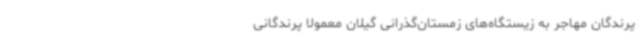
پرندگان مهاجر به زیستگاه‌های زمستان‌گذرانی گیلان معمولاً پرندگانی